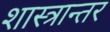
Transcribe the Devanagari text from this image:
शास्त्रान्तर